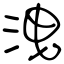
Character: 洩